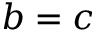
b = c